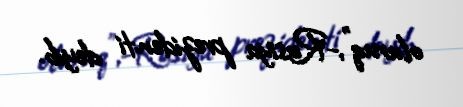
oluruq”,-Rusiya prezidenti deyib.